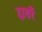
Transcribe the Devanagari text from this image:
दारारें